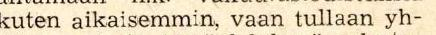
kuten aikaisemmin, vaan tullaan yh-